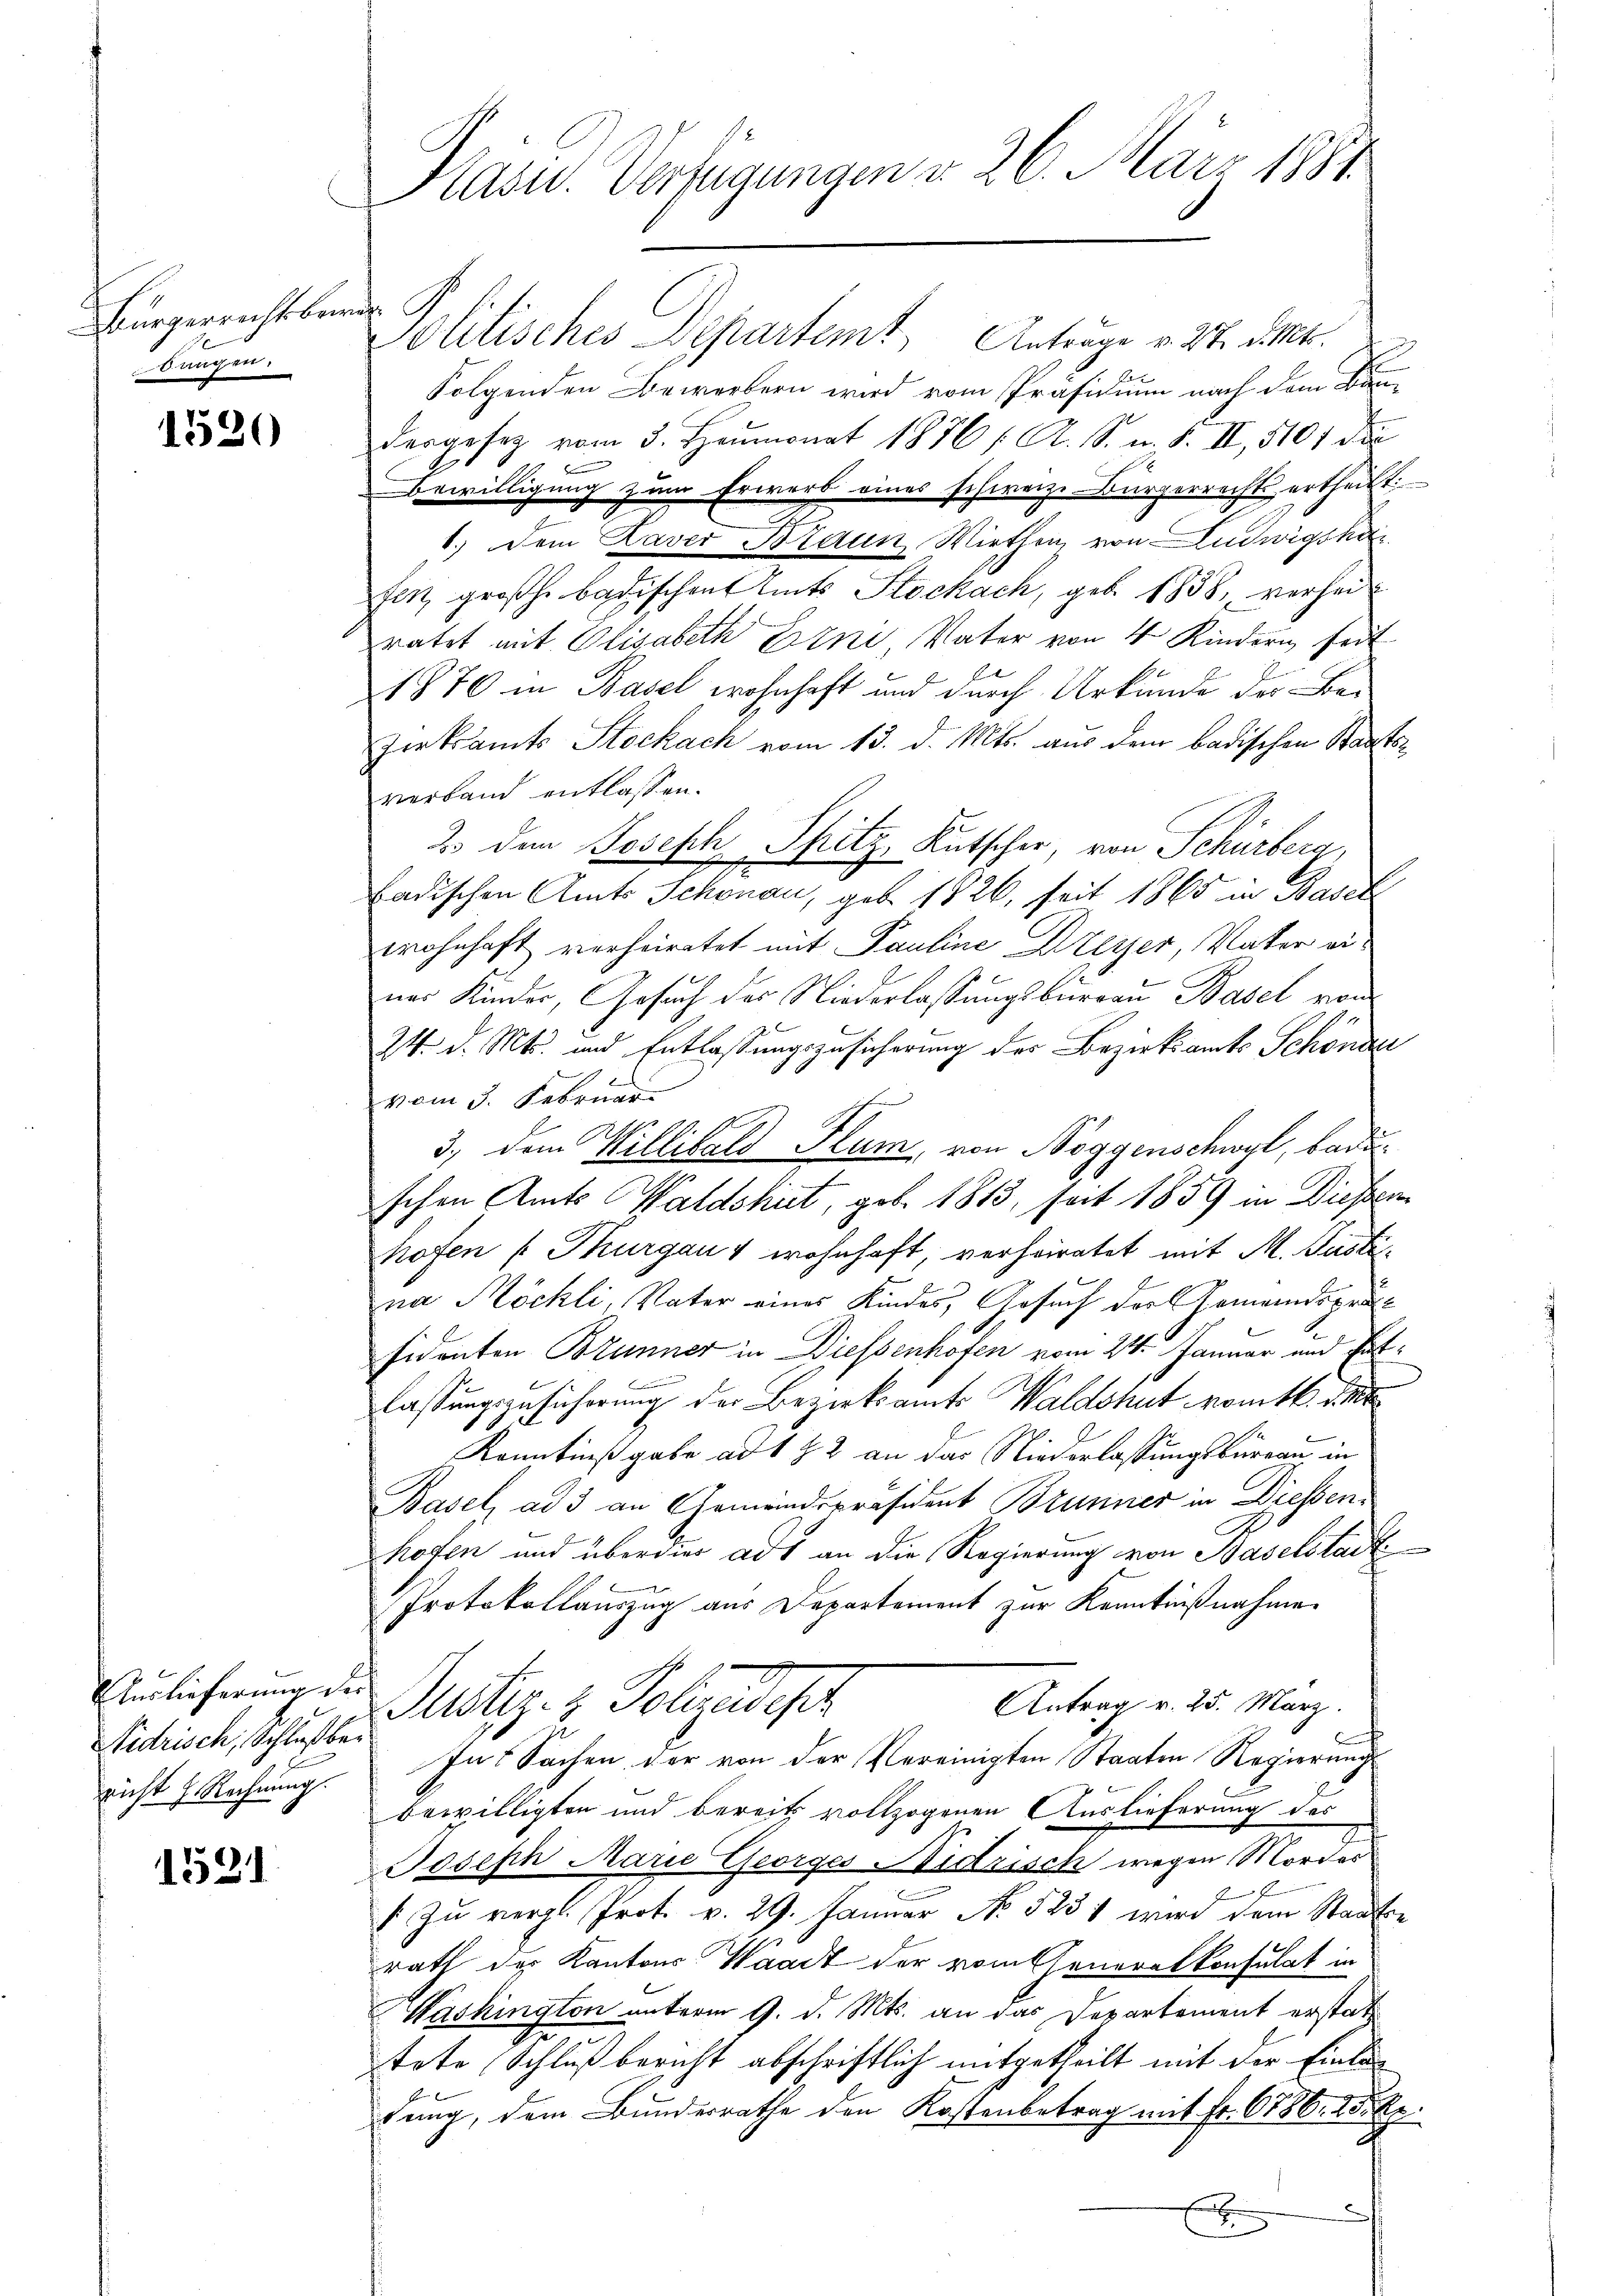
Bürgerricht bander
bangen

1520

Auslieferung der
Midrisch, Schlußber
richt h. Rechnung.

1521

politisches Departemt Anträge v. 27. d. Mts.
Folgenden Bewerbern wird vom Präsidium nach dem Be
dergesetz vom 3. Heumonat 1876 / A. S. n. F. II, 5101 die
Bewilligung zum Erwerb eines schweiz. Bürgerrecht ertheilt:
1.) Dem Laver Braun Wirthen, von Ludwigskar
feit großh. badischen Amts Stockach, geb. 1838, verheiratet mit Elisabeth Eine Vater von 4 Kindern seit
1870 in Basel wohnhaft und durch Urkunde der Ban
Zerkramts Stockach vom 13. d. Mts. aus dem badischen Staatsverband entlassen.
2. den Joseph Spitz, Kutscher, von Schürbera,
badischen Amts Schönau, geb. 1826, seit 1865 in Basel
wohnhaft verheiratet mit Pauline Dreyer, Vater ernes Kinder, Gesuch des Niederlassungsburgau Basel von
24. d. Mts. und Entlassungszusicherung des Bezirksamts Schönde
vom 3. Februar
3) dem Willibald Flum, von Boggenschwyl, badi
schen Amts Waldshut, geb. 1813, seit 1859 in Diessen
hofen (Thurgaus wohnhaft, verheiratet mit M. Justi
na Köchli, Vater eines Kindes, Gesuch der Gemeindspräs
sidenten Brunner in Diessenhofen vom 24. Januar und Gute
lassungszusicherung der Bezirksamts Waldshut komtk. St
1
Kenntniß gabe ad 1 § 2 an das Niederlassungsbureau in
Basel ad 3 an Gemeindspräsident Brunner in Diessen
hoten und überdies ad an die Regierung von Baselstadt
Protokollauszug aus Departement zur Kenntnißnahmen
Antrag v. 25. März.
Justiz- & Polizeidisch
In Sachen der von der Vereinigten Staaten Regierung
bewilligten und bereits vollzogenen Auslieferung des
Joseph Marie Georges Nidrisch wegen Mordes
f. zu vergl. Prot. v. 29. Januar No. 523 1 wird dem Staats-
rath der Kantons Waadt der vom Generalkonsulat in
Washington unterm 9. d. Mts. an das Departement erstat-
tote Schluß bericht abschriftlich mitgetheilt mit der Einladung, dem Bunderrathe den Kostenbetrag mit Fr. 6786. 25 Rp.
.
d
f
e

Präsid. Verfügungen d. 26. März 1884.

d